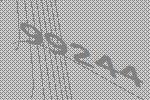
99244